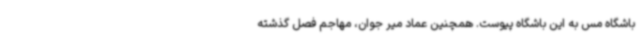
باشگاه مس به این باشگاه پیوست. همچنین عماد میر جوان، مهاجم فصل گذشته